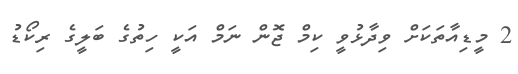
2 މީޑިއާތަކަށް ވިދާޅުވީ ކިމް ޖޮން ނަމް އަކީ ހިތުގެ ބަލީގެ ރިކޯޑު